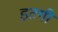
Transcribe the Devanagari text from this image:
इटगी